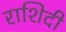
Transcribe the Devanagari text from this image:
राशिदी